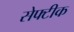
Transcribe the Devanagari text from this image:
सेफ्टीक